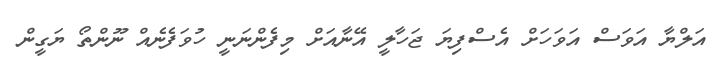
އަލްޔާ އަވަސް އަވަހަށް އެސްފިޔަ ޖަހާލީ އޭނާއަށް މިފެންނަނީ ހުވަފެނެއް ނޫންތޯ ޔަގީން